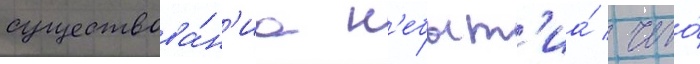
существова́н'иа н'ебыт'иа́ / чего́